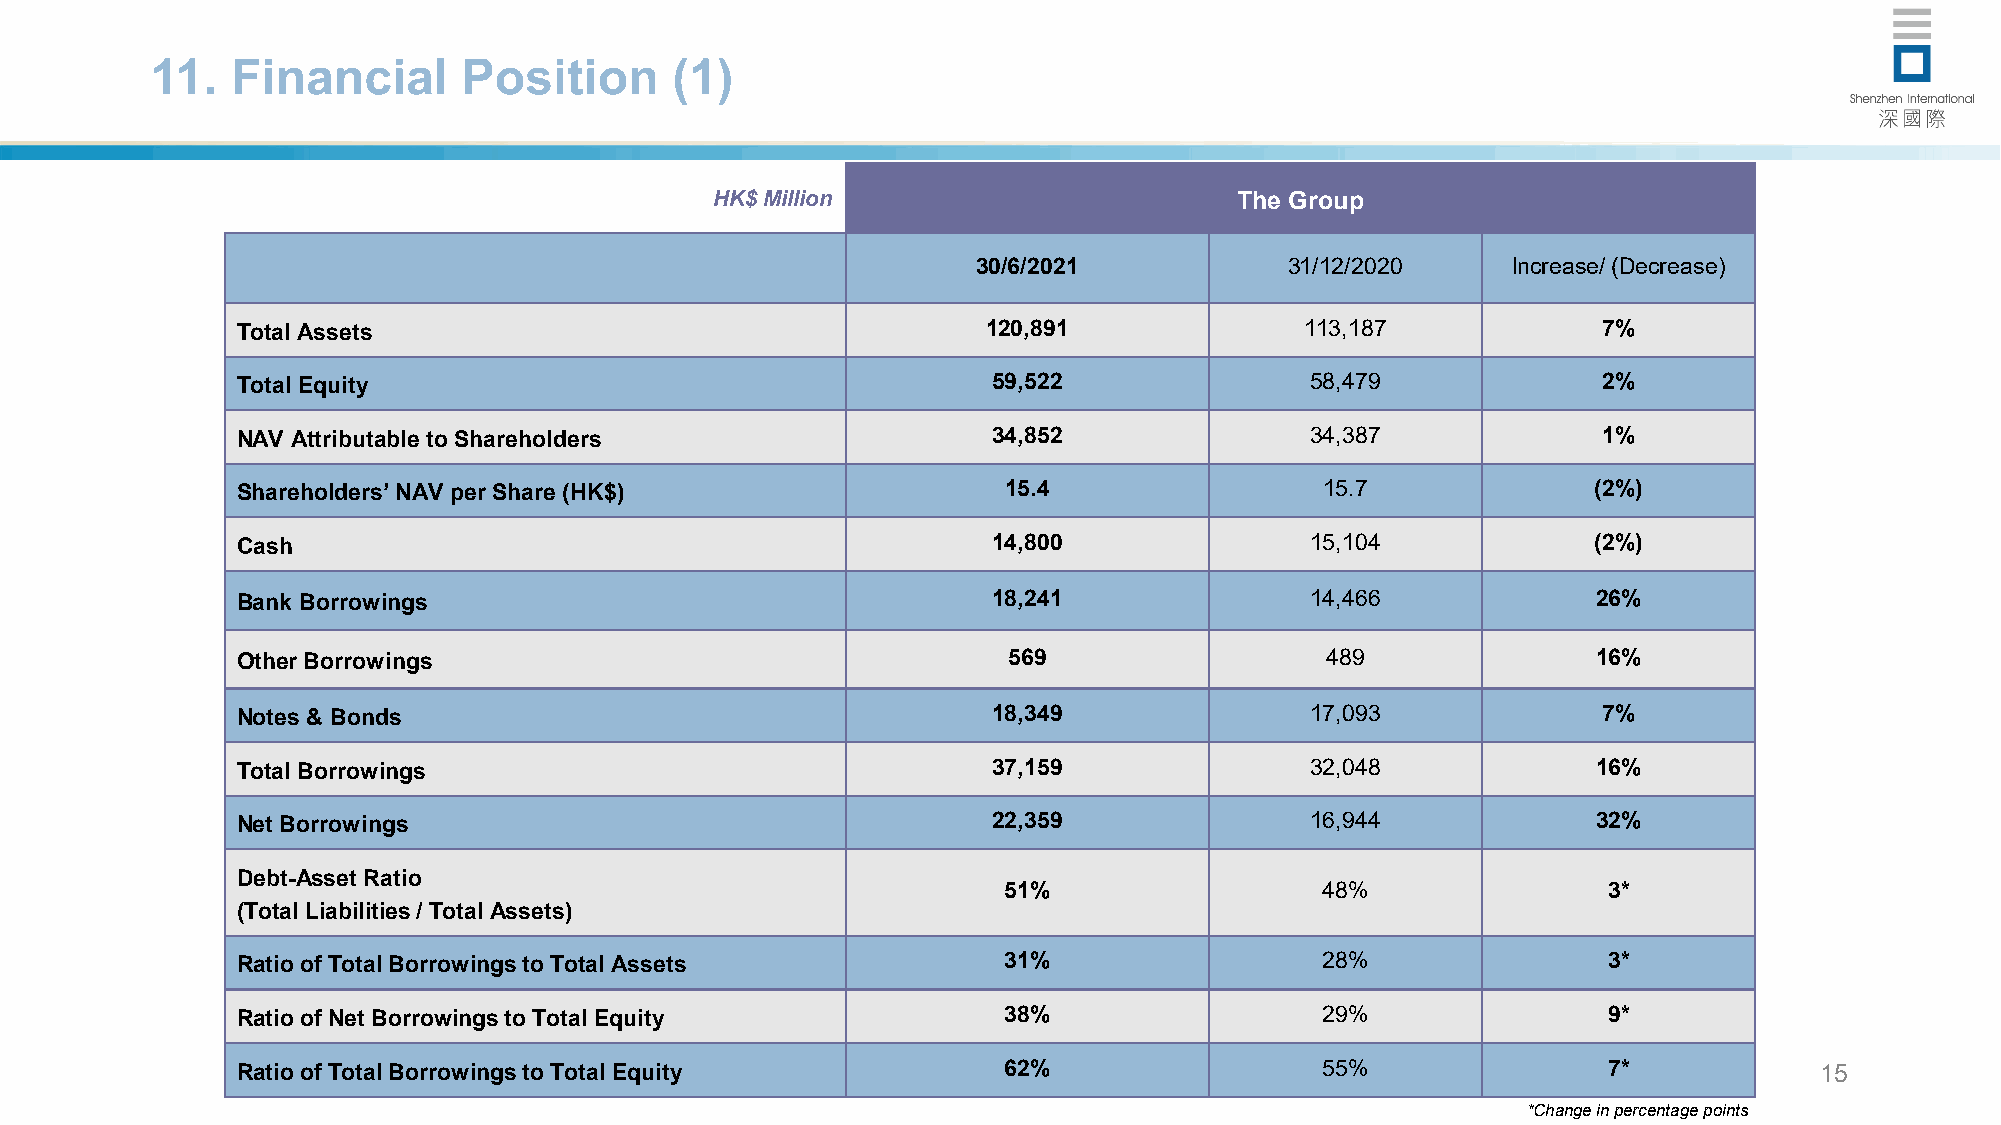
11.  Financial       Position     (1)
 HK$ Million                        The Group
 30/6/2021           31/12/2020     Increase/ (Decrease)
 Total Assets                                     120,891              113,187             7%
 Total Equity                                      59,522               58,479             2%
 NAV Attributable to Shareholders                  34,852               34,387             1%
 Shareholders’ NAV per Share (HK$)                 15.4                  15.7             (2%)
 Cash                                              14,800               15,104            (2%)
 Bank Borrowings                                   18,241               14,466             26%
 Other Borrowings                                   569                  489               16%
 Notes & Bonds                                     18,349               17,093             7%
 Total Borrowings                                  37,159               32,048             16%
 Net Borrowings                                    22,359               16,944             32%
 Debt-Asset Ratio
 51%                   48%               3*
 (Total Liabilities / Total Assets)
 Ratio of Total Borrowings to Total Assets         31%                   28%               3*
 Ratio of Net Borrowings to Total Equity           38%                   29%               9*
 Ratio of Total Borrowings to Total Equity         62%                   55%               7*            15
 *Change in percentage points